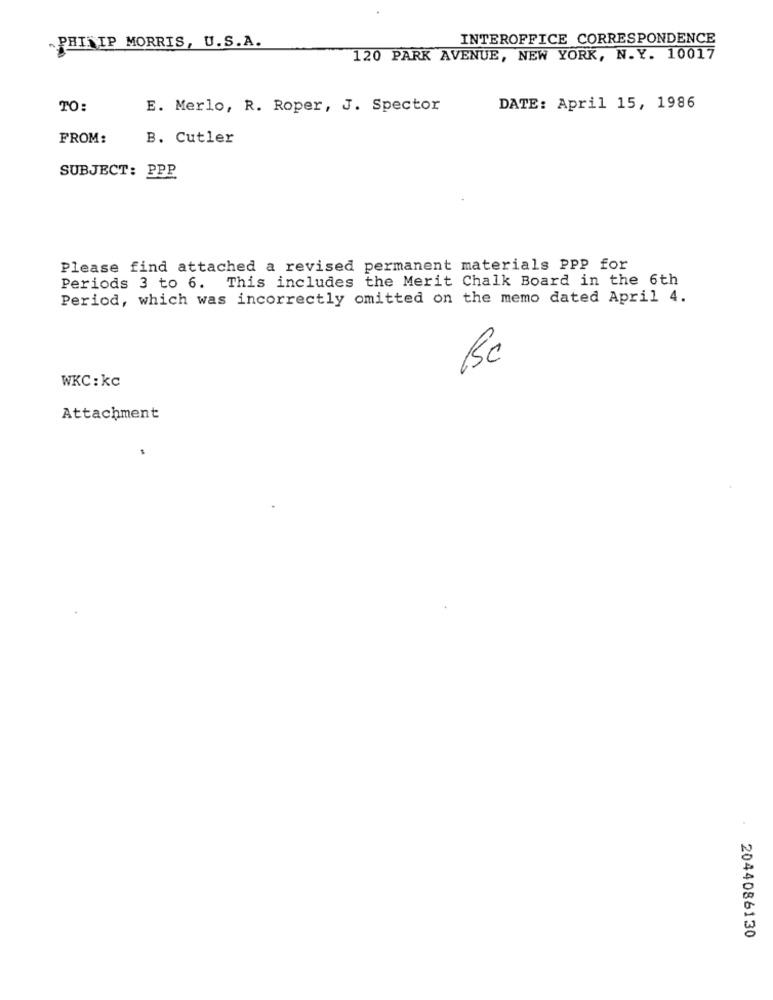
INTEROFFICE CORRESPONDENCE
PHILIP MORRIS, U.S.A.
120 PARK AVENUE, NEW YORK, N.Y. 10017
TO:
E. Merlo, R. Roper, J. Spector
DATE: April 15, 1986
FROM:
B. Cutler
SUBJECT: PPP
Please find attached a revised permanent materials PPP for
Periods 3 to 6. This includes the Merit Chalk Board in the 6th
Period, which was incorrectly omitted on the memo dated April 4.
Bc
WKC : kc
Attachment
2044086130